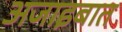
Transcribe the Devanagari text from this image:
अजाइबात